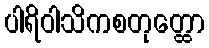
ပါရိဝါသိကစတုတ္ထော